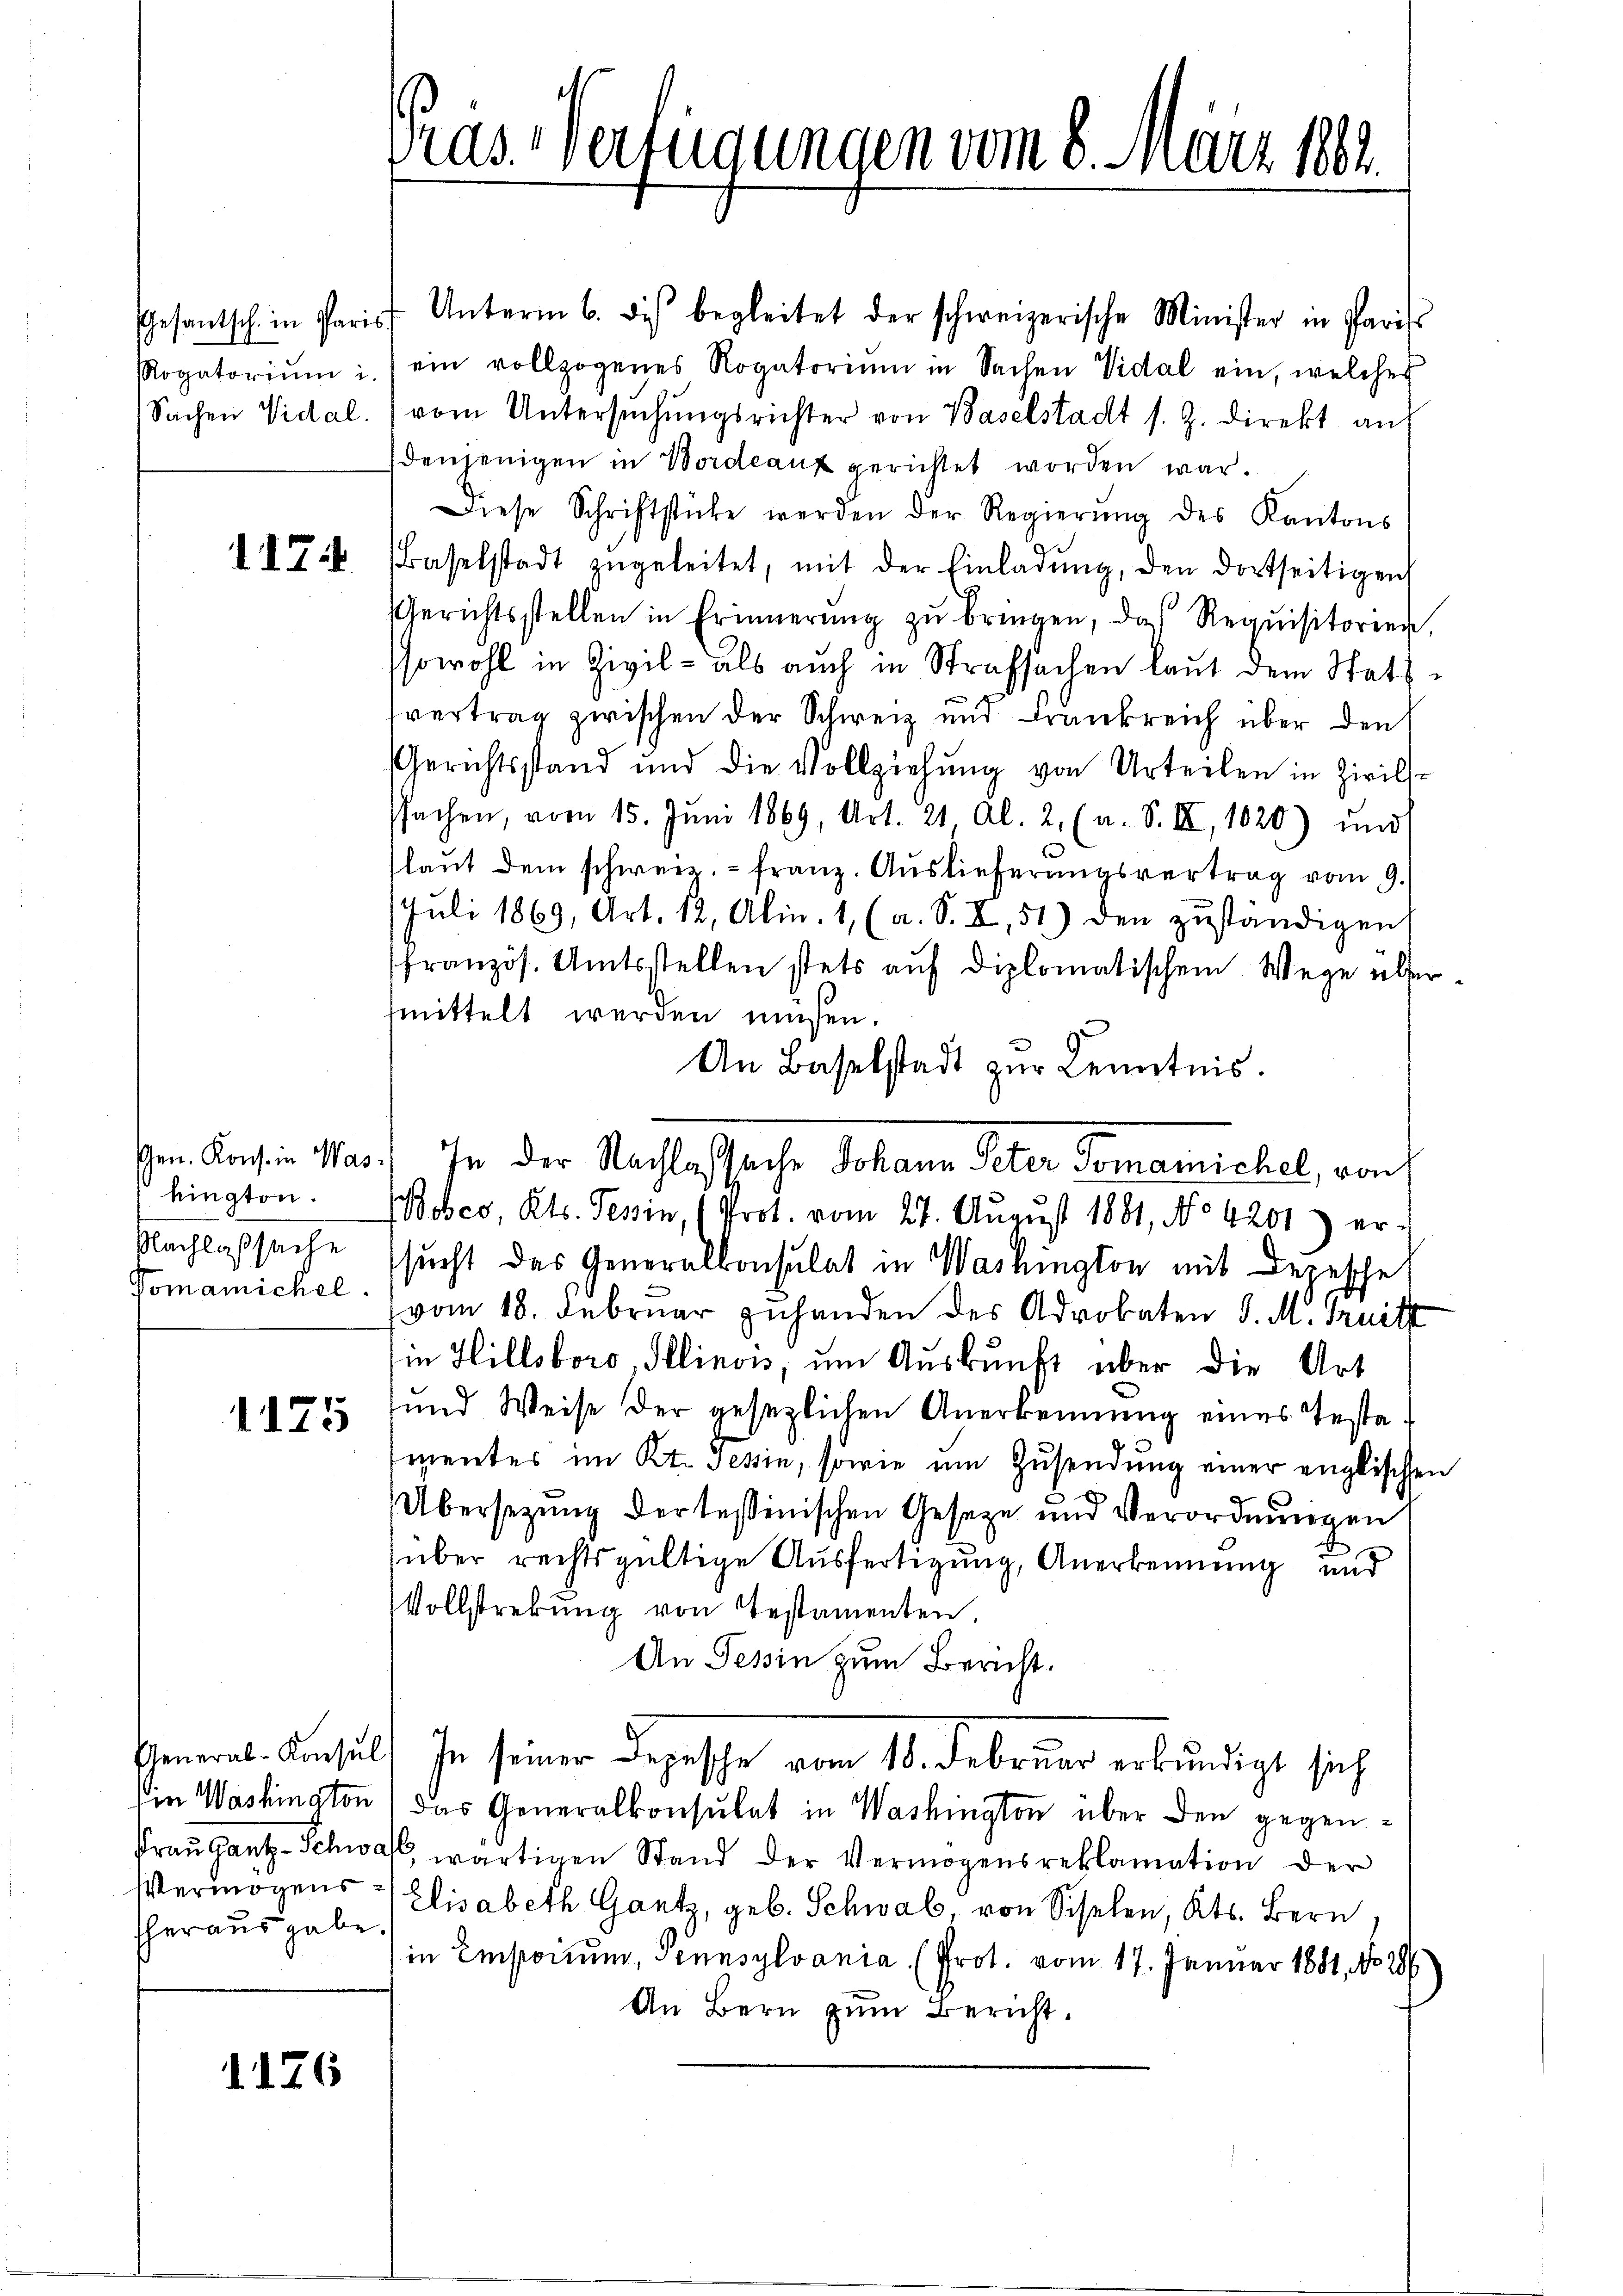
Rogatorium i.

kington.
Nachlaßsache
Vomannichel.

1175

herausgabe.

1176

ras. Verfügungen vom 8. März 1882.

Gesantsch in Paris Unterm 6. des begleitet der schweizerische Minister in Paris
ein vollzogenes Rogatorium in Sachen Vidal ein, welches
Sachen Vidal. vom Untersŭchŭngsrichter von Baselstadt s. Z. direkt an
denjenigen in Vordeauz gerichtet worden war.
Diese Schriftstücke werden der Regierŭng des Kantons
II b. (Baselstadt zŭgeleitet, mit der Einladŭng, den dortseitigen
Gerichtsstellen in Erinnerung zŭ bringen, das Requisitorien,
sowohl in Zivil- als auch in Strafsachen laut dem Stattvertrag zwischen der Schweiz und Frankreich über den
Gerichtsstand und die Vollziehung von Urteilen in Zivilssachen, vom 15. Jŭni 1869, Art. 21, Al. 2. (a. S. II, 1020) und
laŭt dem schweiz.- Franz. Auslieferungsvertrag vom 9.
Juli 1869, Art. 12, Alin. 1, (a. S. I, 51) den zuständigen
französ. Amtsstellen stets auf diplomatischem Wege über
mittelt werden müßen.
An Baselstadt zŭr Kenntnis.
obeo, Kts. Tessin, (Prot. vom 27. Aŭgŭst 1881, No 4201 er-
sucht das Generalkonsulat in Washington mit Depesche
vom 18. Februar zuhanden des Advokaten d. M. Truitt
in Hillsboro-Illinois, um Auskunft über die Art
und Weise der gesezlichen Anerkennung eines Testamentes im Kt. Tessin, sowie um Zusendung einer englischen
Übersezung der tessinischen Geseze und Verordnungen
über rechtsgültige Ausfertigung, Anerkennung und
Vollstrekŭng von Testamenten,
An Tessin zum Bericht.
General-Amsul. In seiner Depesche vom 18. Februar erkundigt sich
in Washington) das Generalkonsulat in Washington über den gegen¬
Frau Gantz-Schwall wärtigen Stand der Vermögensreklamation der
Vermögens - Elisabeth Gantz, geb. Schwab von Schelen, Kts. Bern
in Einstorium, Pennsylvania (Prot. vom 17. Januar 1881, No 28/
An Bern zum Bericht.

.Konsen 105.) In der Nachtessache Johann Peter Tomanichel, von